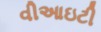
વીઆઇટી